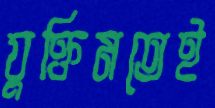
যুক্তিমতেই